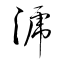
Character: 淲